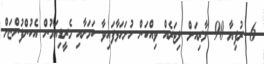
6 ރުފިޔާ 90 ލާރިއަށް ލިޓަރެއް ވިއްކަން ހުށަހަޅާފައިވާ ކަމަށާއި މެރީޑިއަމުން އެކުންފުންޏަށް